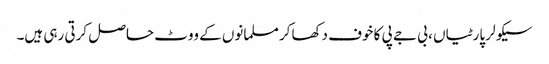
سیکولر پارٹیاں ، بی جے پی کا خوف دکھاکر مسلمانوں کے ووٹ حاصل کرتی رہی ہیں۔